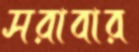
সরাবার